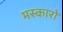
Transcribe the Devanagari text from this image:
मस्कारो